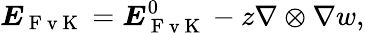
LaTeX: \boldsymbol{{E}}_{\mathrm{~F~v~K~}}=\boldsymbol{{E}}_{\mathrm{~F~v~K~}}^{0}-z\nabla\otimes\nabla w,